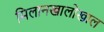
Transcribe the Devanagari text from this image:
मिलानखालोखाल